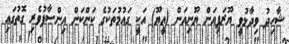
ޝާހިދު ވިދާޅުވީ ޔޫރަޕިއަން ޔޫނިއަން (އީޔޫ) އަކީ ގައުމުތަކުގެ ކަންކަން އިންސާފުވެރި ގޮތުގައި